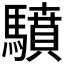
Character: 𩦥